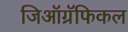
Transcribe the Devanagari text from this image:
जिऑग्रॅफिकल